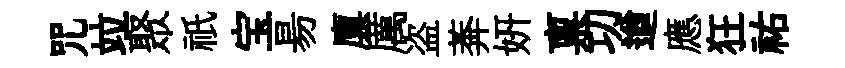
咒竝聚祇宝昜廪厲盗莾妍禀㓛遒應狂祐